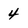
Character: 4